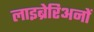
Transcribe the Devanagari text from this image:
लाइब्रेरिअनों